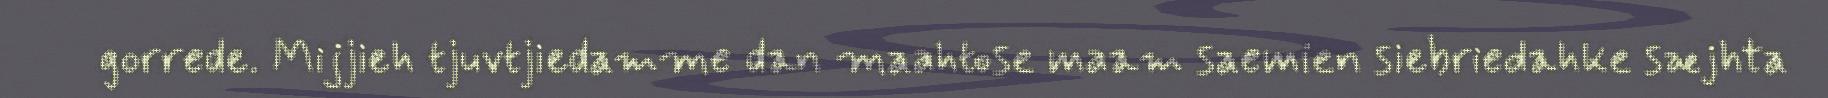
gorrede. Mijjieh tjuvtjiedamme dan maahtose maam saemien siebriedahke sæjhta